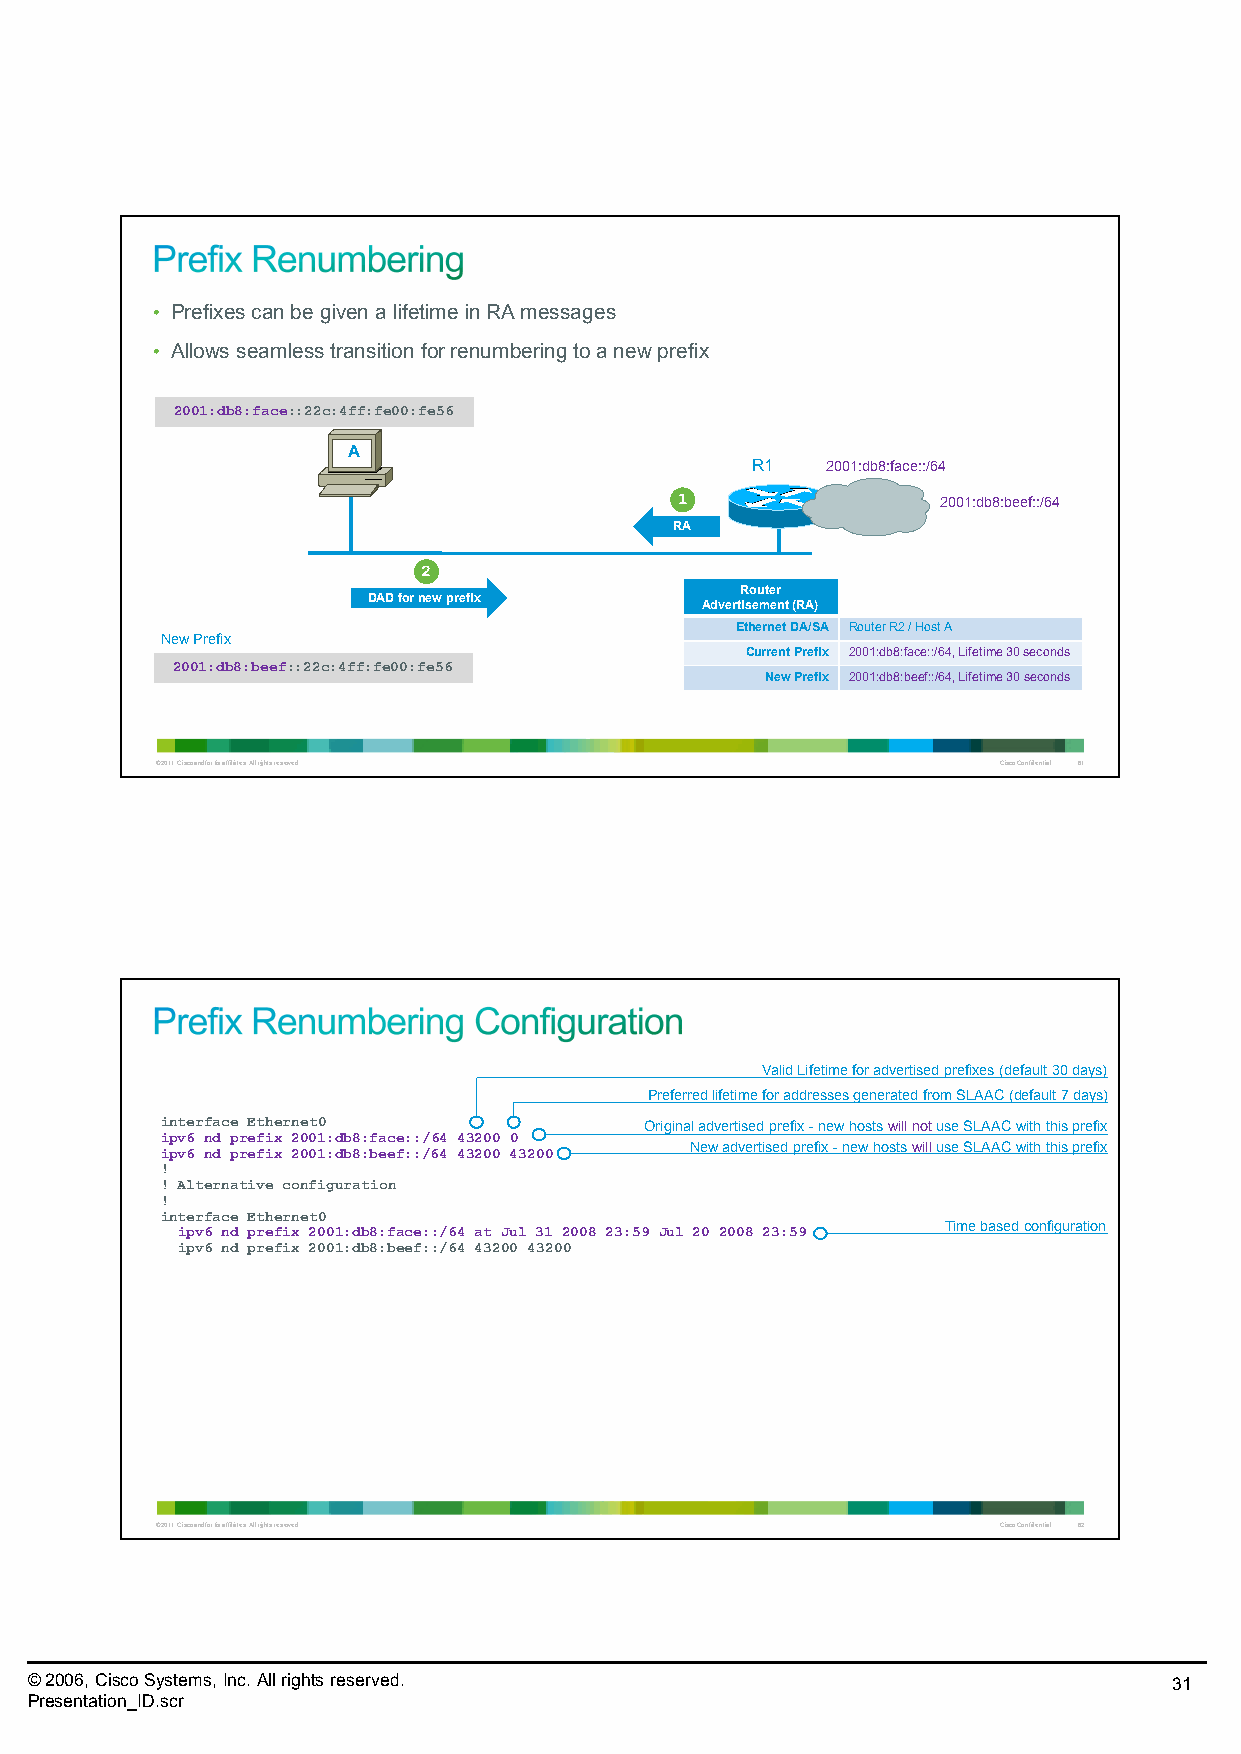
• Prefixes can be given a lifetime in RA messages
 • Allows seamless transition for renumbering to a new prefix
 2001:db8:face::22c:4ff:fe00:fe56
 A
 R1   2001:db8:face::/64
 1                2001:db8:beef::/64
 RA
 2
 Router
 DAD for new prefix
 Advertisement (RA)
 Ethernet DA/SA RouterR2/ Host A
 New Prefix
 CurrentPrefix 2001:db8:face::/64, Lifetime 30seconds
 2001:db8:beef::22c:4ff:fe00:fe56
 New Prefix 2001:db8:beef::/64, Lifetime 30seconds
 © 2011 Cisco and/or its affiliates. All rights reserved. Cisco Confidential 61
 Valid Lifetime for advertised prefixes (default 30 days)
 Preferred lifetime for addresses generated from SLAAC(default 7 days)
 interface Ethernet0             Original advertised prefix -new hosts will not use SLAACwith this prefix
 ipv6 nd prefix 2001:db8:face::/64 43200 0
 ipv6 nd prefix 2001:db8:beef::/64 43200 43200 New advertised prefix -new hosts willuse SLAACwith this prefix
 !
 ! Alternative configuration
 !
 interface Ethernet0
 ipv6 nd prefix 2001:db8:face::/64 at Jul 31 2008 23:59 Jul 20 2008 23:59 Time based configuration
 ipv6 nd prefix 2001:db8:beef::/64 43200 43200
 © 2011 Cisco and/or its affiliates. All rights reserved. Cisco Confidential 62
 © 2006, Cisco Systems, Inc. All rights reserved.                            31
 Presentation_ID.scr